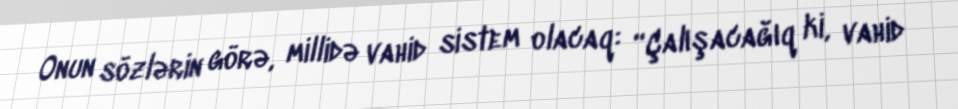
Onun sözlərin görə, millidə vahid sistem olacaq: “Çalışacağıq ki, vahid